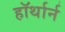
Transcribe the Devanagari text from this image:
हॉर्थार्न